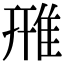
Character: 雃